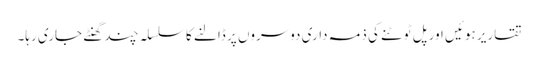
تقاریر ہوئیں اور پل ٹوٹنے کی ذمہ داری دوسروں پر ڈالنے کا سلسلہ چند گھنٹے جاری رہا۔